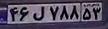
۴۶ل۷۸۸۵۳